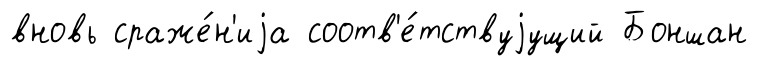
вновь сраже́н'иjа соотв'е́тствуjущий Боншан